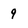
Character: 9